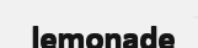
lemonade